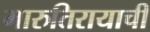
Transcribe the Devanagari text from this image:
मारुतिरायाची